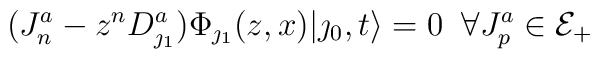
(J^a_n-z^n D^a_{\jmath_1})\Phi_{\jmath_1}(z,x)|\jmath_0,t\rangle=0  \;\; \forall J^a_p \in {\cal E}_+